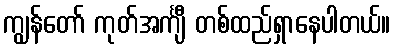
ကျွန်တော် ကုတ်အင်္ကျီ တစ်ထည်ရှာနေပါတယ်။